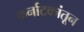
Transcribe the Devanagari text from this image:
कर्नाटकांतून